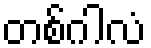
တစ်ဂါလံ